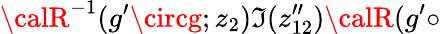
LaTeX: {\calR}^{-1}(g^{\prime}\circg;z_{2})\mathfrak{I}(z_{12}^{\prime\prime}){\calR}(g^{\prime}\circ